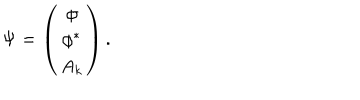
\Psi = \left( \begin{array} { c } { { \phi } } \\ { { \phi ^ { \ast } } } \\ { { A _ { k } } } \\ \end{array} \right) .